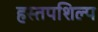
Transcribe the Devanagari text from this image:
हस्तपशिल्प